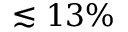
\lesssim 1 3 \%